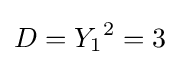
D={Y_{1}}^{2}=3